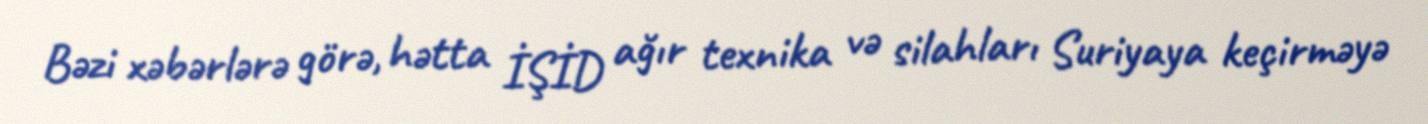
Bəzi xəbərlərə görə, hətta İŞİD ağır texnika və silahları Suriyaya keçirməyə